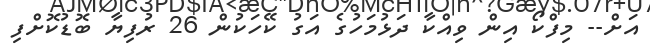
އަށް-- މިފްކޯ އިން ވިއްކާ ދަޅުމަހުގެ އަގު ކޭހަކުން 26 ރުފިޔާ ބޮޑުކޮށްފި